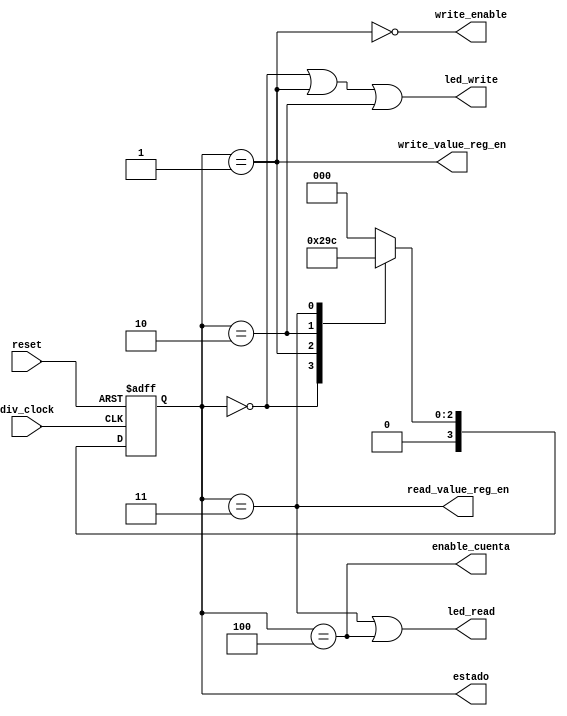
module FSM_4(div_clock, reset, enable_cuenta, write_enable, 
	write_value_reg_en, read_value_reg_en, led_write, led_read, estado);
	input reset, div_clock;
	output write_value_reg_en, read_value_reg_en;
	output enable_cuenta, write_enable, led_write, led_read;
	output [3:0] estado;
	 parameter STATE_0 = 0;
	 parameter STATE_1 = 1;
	 parameter STATE_2 = 2;
	 parameter STATE_3 = 3;
	 parameter STATE_4 = 4;
	 reg [3:0] state;
	 initial
		begin
			state <= -1;
		end
	 always@(posedge div_clock or posedge reset)
		begin
			if (reset)
				begin
					state <= -1;
				end
			else
				begin
					case(state)
						STATE_0:
							begin								
								state <= STATE_1;
							end
						STATE_1:
							begin
								state <= STATE_2;
							end
						STATE_2:
							begin
								state <= STATE_3;
							end
						STATE_3:
							begin
								state <= STATE_4;							
							end
						STATE_4:
							begin
								state <= STATE_0;
							end
						default: 
							begin
								state <= STATE_0;
							end
					endcase
				end
		 end
	assign estado = state;	
	assign enable_cuenta = (state == STATE_4);
	assign write_enable = ~(state == STATE_1);
	assign write_value_reg_en = (state == STATE_1);
	assign read_value_reg_en = (state == STATE_3);
	assign led_write = (state == STATE_0 ) | (state == STATE_1) | (state == STATE_2);
	assign led_read = (state == STATE_3) | (state == STATE_4);
endmodule